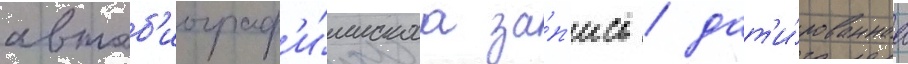
автоб'иограф'и́ческаа за́п'ись / дат'и́рованнаа